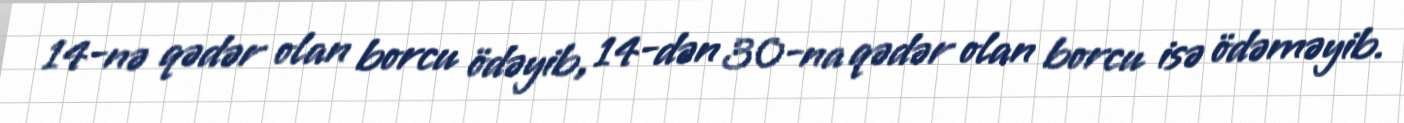
14-nə qədər olan borcu ödəyib, 14-dən 30-na qədər olan borcu isə ödəməyib.